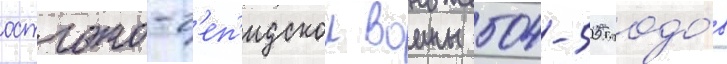
остгото-г'еп'идскои воины 504-505 годо́в